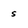
Character: s